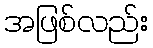
အဖြစ်လည်း